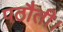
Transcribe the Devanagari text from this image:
पठौती।